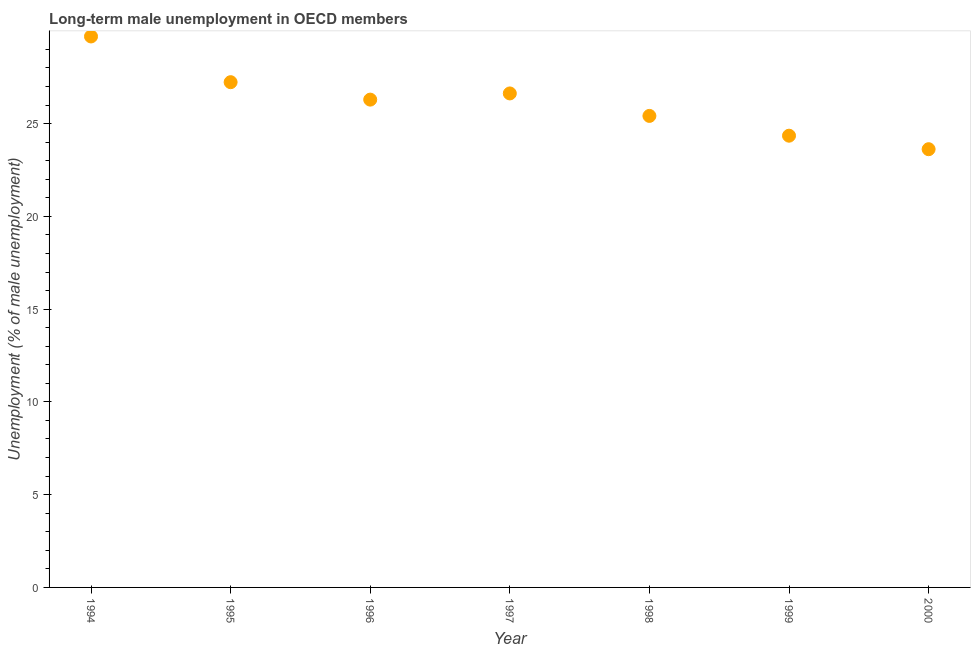
| Year | Long-term unemployment male |
 | --- | --- |
 | 1994 | 29.7 |
 | 1995 | 27.2 |
 | 1996 | 26.3 |
 | 1997 | 26.6 |
 | 1998 | 25.4 |
 | 1999 | 24.3 |
 | 2000 | 23.6 |